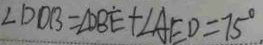
\angle D D B = \angle D B E + \angle A E D = 7 5 ^ { \circ } .